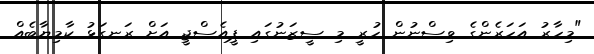
"މިހާރު އަހަރެންގެ ވިސްނުން ހުރީ މި ސީޒަނުގައި ޕީއެސްޖީ އަށް ރަނގަޅު ކާމިޔާބެއް